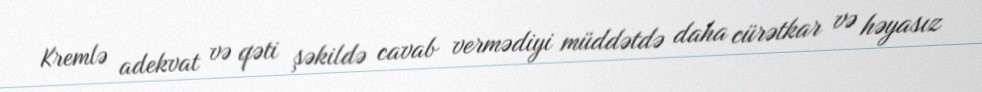
Kremlə adekvat və qəti şəkildə cavab vermədiyi müddətdə daha cürətkar və həyasız